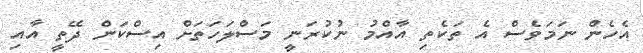
އެހެން ނަމަވެސް އެ ތަކެތި އާއްމު ނުކުރަނީ މަސްލަހަތަށް އިސްކަން ދޭތީ އާއި